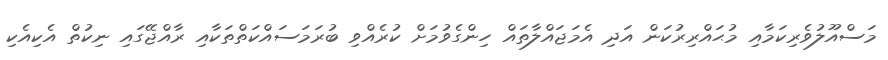
މަސްއޫލުވެރިކަމާއި މުޙައްރިރުކަން އަދި އެމަޖައްލާތައް ހިންގެވުމަށް ކުރެއްވި ބުރަމަސައްކަތްތަކާއި ރާއްޖޭގައި ނިކުތް އެކިއެކި